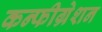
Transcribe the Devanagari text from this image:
कन्फीग्रेशन